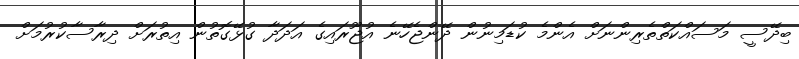
ބިދޭސީ މަސައްކަތްތެރިންނަށް އެންމެ ކުޑަމިނުން ދޭންޖެހޭނެ އުޖޫރައިގެ އަދަދާ ގުޅޭގޮތުން އިތުރަށް ދިރާސާކުރުމަށް